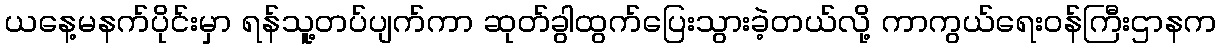
ယနေ့မနက်ပိုင်းမှာ ရန်သူ့တပ်ပျက်ကာ ဆုတ်ခွါထွက်ပြေးသွားခဲ့တယ်လို့ ကာကွယ်ရေးဝန်ကြီးဌာနက